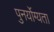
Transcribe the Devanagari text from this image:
पुनर्योग्यता